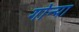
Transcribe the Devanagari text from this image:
गोन्पा